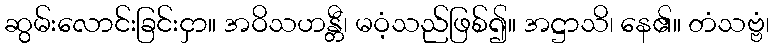
ဆွမ်းလောင်းခြင်းငှာ။ အဝိသဟန္တီ၊ မဝံ့သည်ဖြစ်၍။ အဋ္ဌာသိ၊ နေ၏။ တံသဗ္ဗံ၊